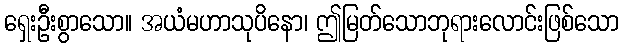
ရှေးဦးစွာသော။ အယံမဟာသုပိနော၊ ဤမြတ်သောဘုရားလောင်းဖြစ်သော